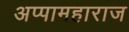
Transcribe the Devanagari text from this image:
अप्पामहाराज